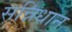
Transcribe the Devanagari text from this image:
सन्निधान